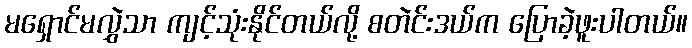
မရှောင်မလွှဲသာ ကျင့်သုံးနိုင်တယ်လို့ စတဲင်းဒယ်က ပြောခဲ့ဖူးပါတယ်။